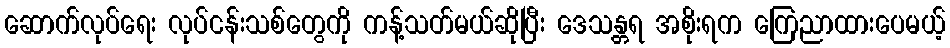
ဆောက်လုပ်ရေး လုပ်ငန်းသစ်တွေကို ကန့်သတ်မယ်ဆိုပြီး ဒေသန္တရ အစိုးရက ကြေညာထားပေမယ့်